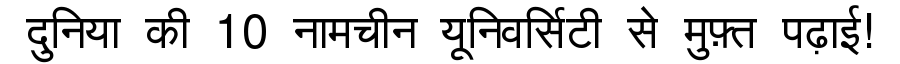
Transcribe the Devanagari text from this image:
दुनिया की 10 नामचीन यूनिवर्सिटी से मुफ़्त पढ़ाई!